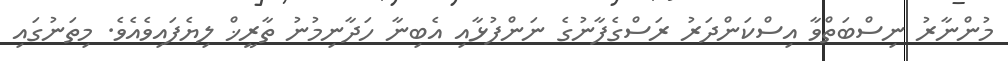
މުންނާރު ނިސްބަތްވާ އިސްކަންދަރު ރަސްގެފާނުގެ ނަންފުޅާއި އެބިނާ ހަދާނިމުނު ތާރީޚް ލިޔެފައިވެއެވެ. މިތަނުގައި